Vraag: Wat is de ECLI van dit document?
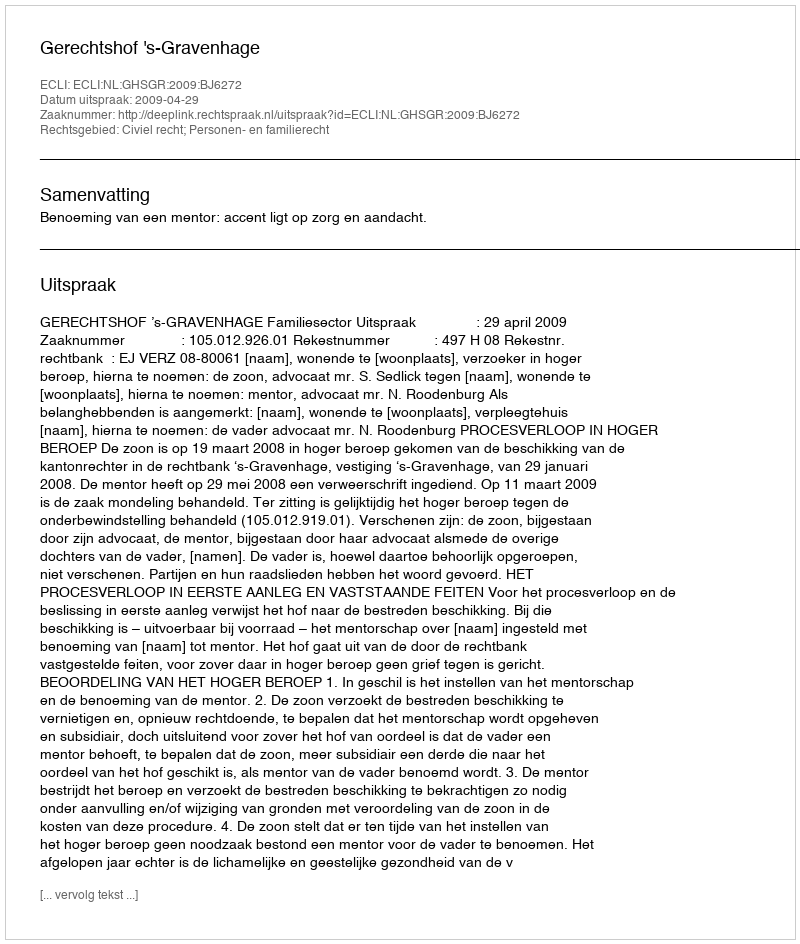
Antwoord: ECLI:NL:GHSGR:2009:BJ6272